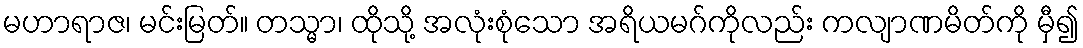
မဟာရာဇ၊ မင်းမြတ်။ တသ္မာ၊ ထိုသို့ အလုံးစုံသော အရိယမဂ်ကိုလည်း ကလျာဏမိတ်ကို မှီ၍